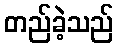
တည်ခဲ့သည်